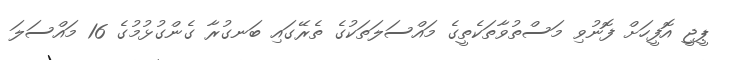
ޕީޖީ އޮފީހަށް ފޮނުވި މަސްތުވާތަކެތީގެ މައްސަލަތަކުގެ ތެރޭގައި ބަނގުރާ ގެންގުޅުމުގެ 16 މައްސަލަ